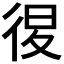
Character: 𢓴